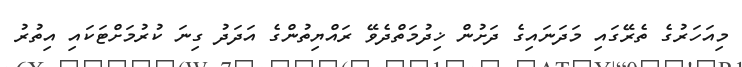
މިއަހަރުގެ ތެރޭގައި މަދަނައިގެ ދަށުން ޚިދުމަތްދެވޭ ރައްޔިތުންގެ އަދަދު ގިނަ ކުރުމަށްޓަކައި އިތުރު